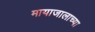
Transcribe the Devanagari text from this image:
मायाजालाच्या